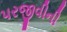
પરજીવીની